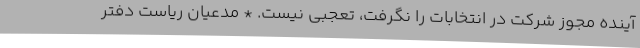
آینده مجوز شرکت در انتخابات را نگرفت، تعجبی نیست. * مدعیان ریاست دفتر